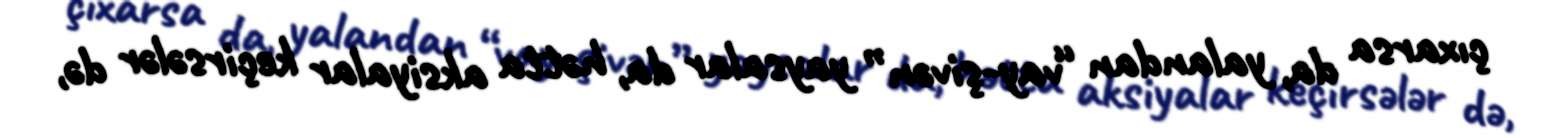
çıxarsa da, yalandan “vay-şivən” yaysalar da, hətta aksiyalar keçirsələr də,